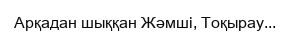
Арқадан шыққан Жәмші, Тоқырау...